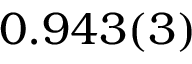
0 . 9 4 3 ( 3 )